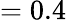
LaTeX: =0.4